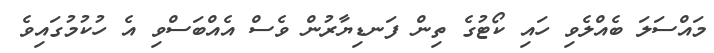
މައްސަލަ ބެއްލެވި ހައި ކޯޓުގެ ތިން ފަނޑިޔާރުން ވެސް އެއްބަސްވި އެ ހުކުމުގައިވެ